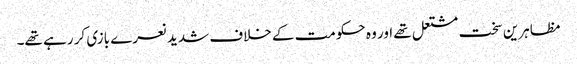
مظاہرین سخت مشتعل تھے اور وہ حکومت کے خلاف شدید نعرے بازی کر رہے تھے۔